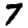
Digit: 7